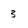
Character: 3